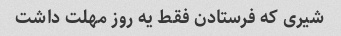
شیری که فرستادن فقط یه روز مهلت داشت